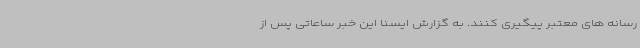
رسانه های معتبر پیگیری کنند. به گزارش ایسنا این خبر ساعاتی پس از